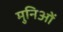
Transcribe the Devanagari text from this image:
मुनिओं